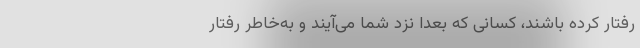
رفتار کرده باشند، کسانی که بعداً نزد شما می‌آیند و به‌خاطر رفتار